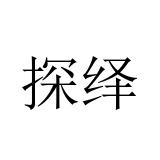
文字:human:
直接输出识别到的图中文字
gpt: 探绎